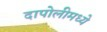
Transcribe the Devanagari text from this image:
दापोलीमध्ये